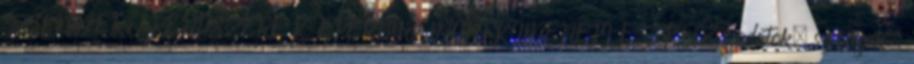
SZÍNMÉRŐ RENDSZERE K ÉPERNYŐ MINT KIMENETI ESZKÖZ. adatok, szövegek,